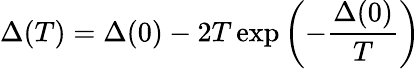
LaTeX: \Delta(T)=\Delta(0)-2T\exp\left(-\frac{\Delta(0)}{T}\right)